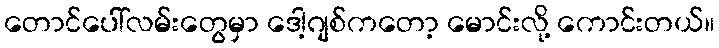
တောင်ပေါ်လမ်းတွေမှာ ဒေါ့ဂျစ်ကတော့ မောင်းလို့ ကောင်းတယ်။